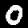
Label: 0